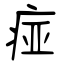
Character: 痖